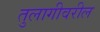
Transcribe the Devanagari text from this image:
तुलागीवरील